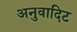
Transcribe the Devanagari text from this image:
अनुवादिट